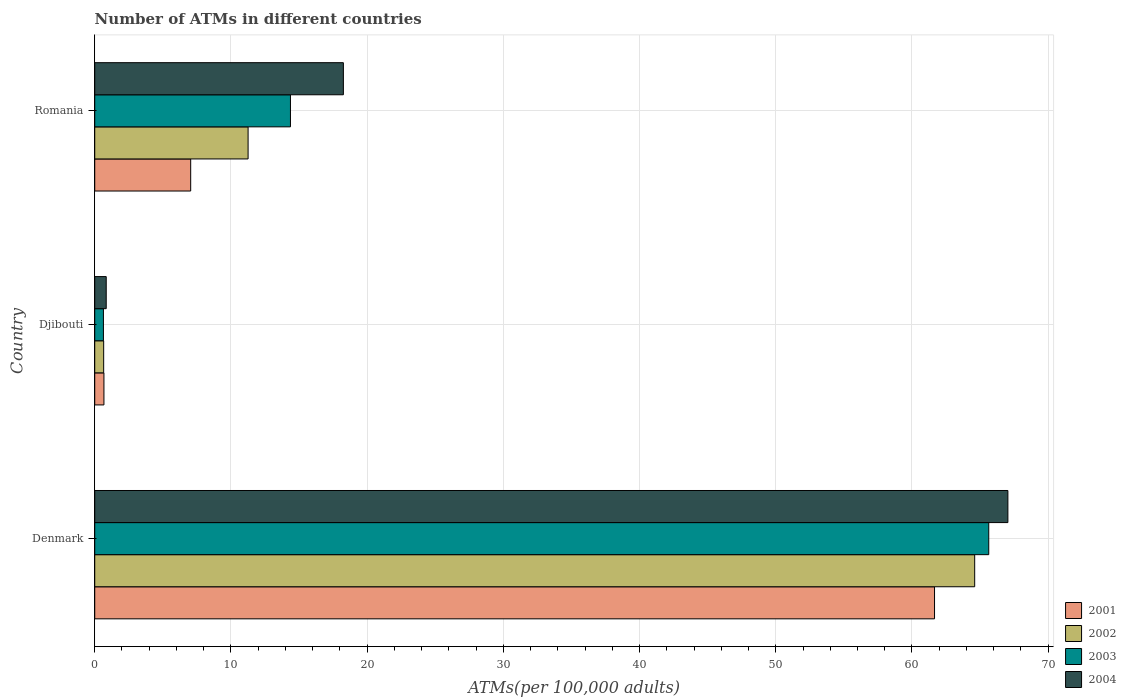
| Country | 2001 | 2002 | 2003 | 2004 |
 | --- | --- | --- | --- | --- |
 | Denmark | 61.7 | 64.6 | 65.6 | 67 |
 | Djibouti | 0.676 | 0.656 | 0.638 | 0.844 |
 | Romania | 7.04 | 11.3 | 14.4 | 18.3 |